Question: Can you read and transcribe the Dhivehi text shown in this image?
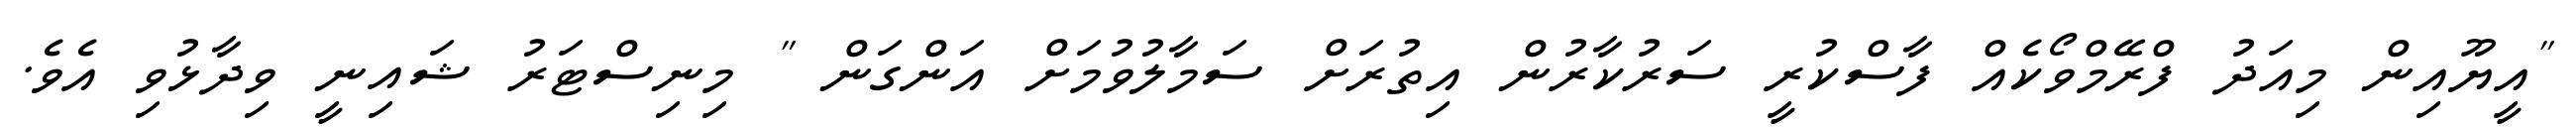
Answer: "އީޔޫއިން މިއަދު ފްރޭމްވޯކެއް ފާސްކުރީ ސަރުކާރުން އިތުރަށް ސަމާލުވުމަށް އަންގަން " މިނިސްޓަރު ޝައިނީ ވިދާޅުވި އެވެ.